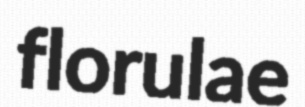
florulae